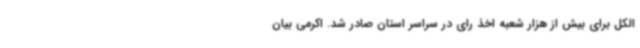
الکل برای بیش از هزار شعبه اخذ رای در سراسر استان صادر شد. اکرمی بیان